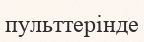
пульттерінде